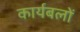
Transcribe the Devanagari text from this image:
कार्यबलों